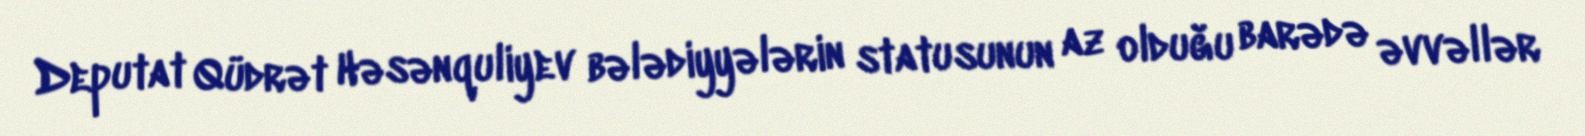
Deputat Qüdrət Həsənquliyev bələdiyyələrin statusunun az olduğu barədə əvvəllər